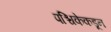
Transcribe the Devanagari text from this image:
पश्चिकेकडून